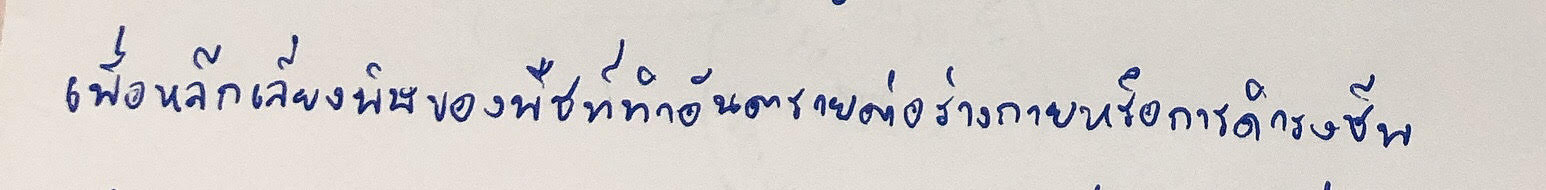
เพื่อหลีกเลี่ยงพิษของพืชที่ทำอันตรายต่อร่างกายหรือการดำรงชีพ